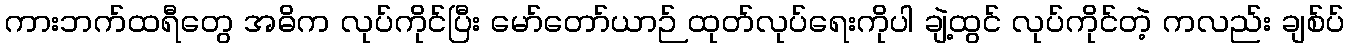
ကားဘက်ထရီတွေ အဓိက လုပ်ကိုင်ပြီး မော်တော်ယာဉ် ထုတ်လုပ်ရေးကိုပါ ချဲ့ထွင် လုပ်ကိုင်တဲ့ ကလည်း ချစ်ပ်